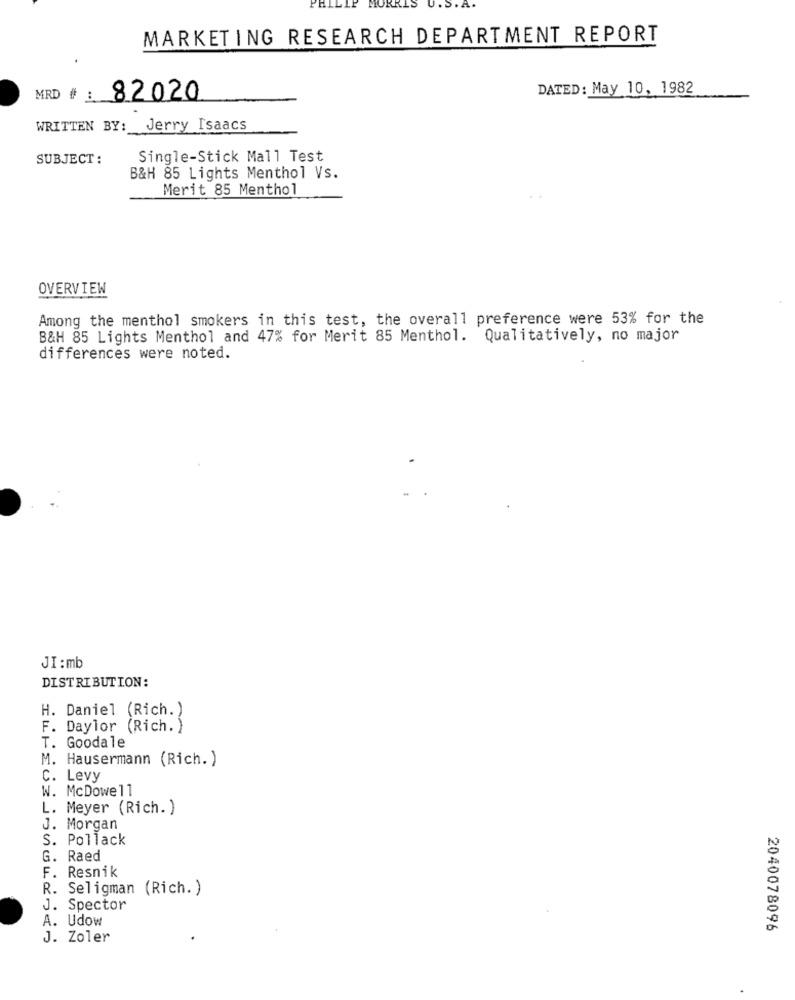
PHI
MORRIS
MARKETING RESEARCH DEPARTMENT REPORT
DATED: May 10, 1982
MRD # :
82020
WRITTEN BY:
Jerry Isaacs
SUBJECT :
Single-Stick Mall Test
B&H 85 Lights Menthol Vs.
Merit 85 Menthol
OVERVIEW
Among the menthol smokers in this test, the overall preference were 53% for the
B&H 85 Lights Menthol and 47% for Merit 85 Menthol. Qualitatively, no major
differences were noted.
JI : mb
DISTRIBUTION:
H.
Daniel (Rich.)
F.
Daylor (Rich. )
Goodale
T.
Hausermann (Rich. )
C. Levy
W. McDowell
L. Meyer (Rich. )
J. Morgan
S. Pollack
G.
Raed
F. Resnik
R. Seligman (Rich. )
J. Spector
A. Udow
2040078096
J. Zoler